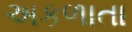
અકળાતા